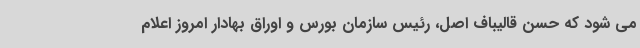
می شود که حسن قالیباف اصل، رئیس سازمان بورس و اوراق بهادار امروز اعلام